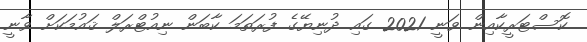
ކޮސްޓަރީކާއިން ވަނީ 2021 ގައި ދުނިޔޭގެ ފުރަތަމަ ކާބަން ނިއުޓްރަލް ޤައުމަކަށް ވާނީ